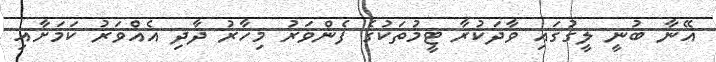
އޭނާ ބުނީ ލީގުގައި ވާދަކުރާ ޓީމުތަކުގެ ފެންވަރު މިހާރު ދާދި އެއްވަރު ކަމަށާއި